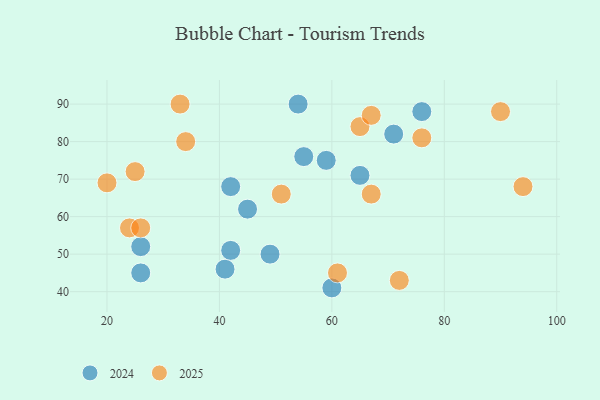
{"axis": {"x": "GDP", "y": "Life Expectancy"}, "legend": ["2024", "2025"], "data": [{"x": "94", "y": 68, "type": "2025"}, {"x": "65", "y": 84, "type": "2025"}, {"x": "24", "y": 57, "type": "2025"}, {"x": "51", "y": 66, "type": "2025"}, {"x": "67", "y": 87, "type": "2025"}, {"x": "34", "y": 80, "type": "2025"}, {"x": "33", "y": 90, "type": "2025"}, {"x": "20", "y": 69, "type": "2025"}, {"x": "26", "y": 57, "type": "2025"}, {"x": "90", "y": 88, "type": "2025"}, {"x": "61", "y": 45, "type": "2025"}, {"x": "25", "y": 72, "type": "2025"}, {"x": "76", "y": 81, "type": "2025"}, {"x": "72", "y": 43, "type": "2025"}, {"x": "67", "y": 66, "type": "2025"}, {"x": "65", "y": 71, "type": "2024"}, {"x": "26", "y": 52, "type": "2024"}, {"x": "42", "y": 68, "type": "2024"}, {"x": "49", "y": 50, "type": "2024"}, {"x": "60", "y": 41, "type": "2024"}, {"x": "41", "y": 46, "type": "2024"}, {"x": "54", "y": 90, "type": "2024"}, {"x": "55", "y": 76, "type": "2024"}, {"x": "76", "y": 88, "type": "2024"}, {"x": "71", "y": 82, "type": "2024"}, {"x": "26", "y": 45, "type": "2024"}, {"x": "42", "y": 51, "type": "2024"}, {"x": "45", "y": 62, "type": "2024"}, {"x": "59", "y": 75, "type": "2024"}]}